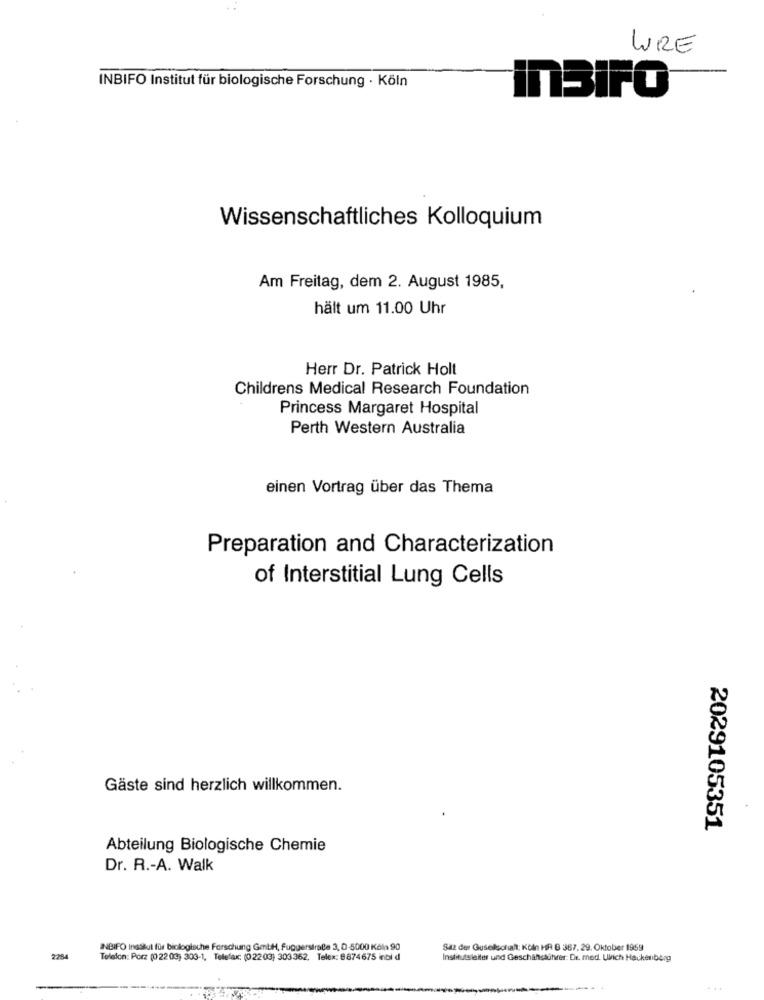
WRE
INBIFO Institut für biologische Forschung · Köln
InBIFO
Wissenschaftliches Kolloquium
Am Freitag, dem 2. August 1985,
hält um 11.00 Uhr
Herr Dr. Patrick Holt
Childrens Medical Research Foundation
Princess Margaret Hospital
Perth Western Australia
einen Vortrag über das Thema
Preparation and Characterization
of Interstitial Lung Cells
Gäste sind herzlich willkommen.
2029105351
Abteilung Biologische Chemie
Dr. R .- A. Walk
INBIFO Insslut für biologische Forschung GmbH, Fuggerstraße 3, D-5000 Köln 90
Saz der Guselschall; KOIn HR B 367, 29. Oktober 1959
2254
Telefon: Porz (0 22 03) 303-1, Telefax: (02203) 303362. Telex: 8874675 inbi d
Institutsleiter und Geschahstuhrer: Dr. med. Ulrich Hackenberg
...